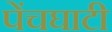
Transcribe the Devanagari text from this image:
पेंचघाटी